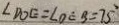
\angle D O E = \angle O E B = 7 5 ^ { \circ }